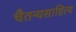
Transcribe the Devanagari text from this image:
चैतन्यसाहित्य